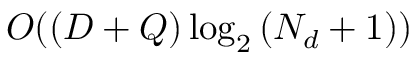
O ( ( D + Q ) \log _ { 2 } { ( N _ { d } + 1 ) } )